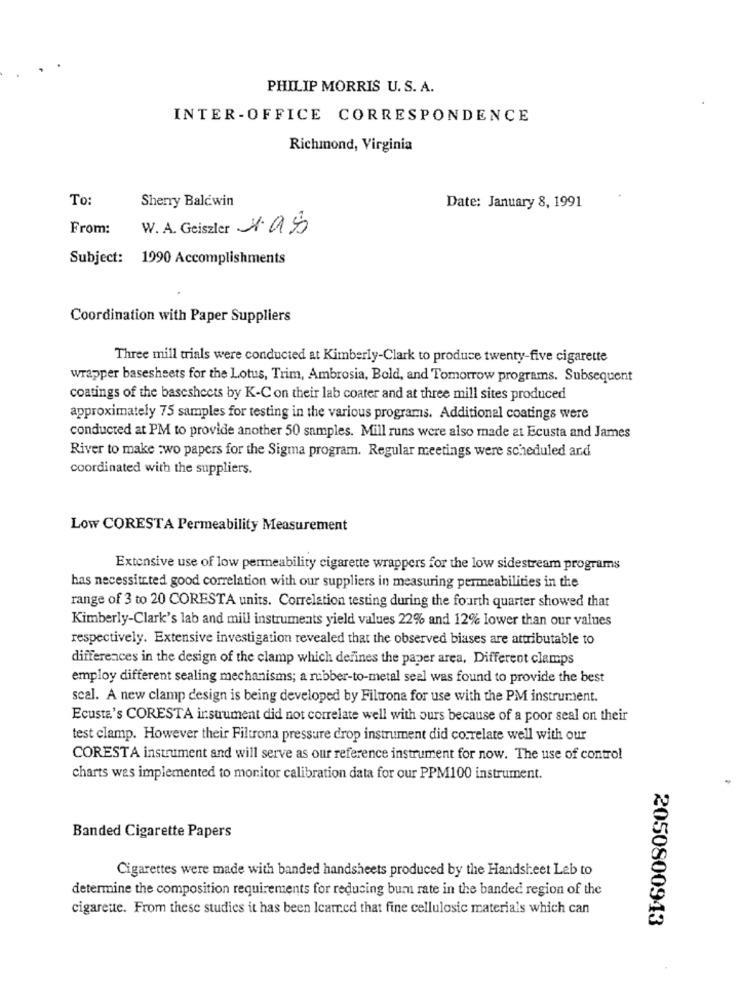
PHILIP MORRIS U. S. A.
INTER-OFFICE CORRESPONDENCE
Richmond, Virginia
To:
Sherry Baldwin
Date: January 8, 1991
From:
W. A. Geiszler 1.as
Subject: 1990 Accomplishments
Coordination with Paper Suppliers
Three mill trials were conducted at Kimberly-Clark to produce twenty-five cigarette
wrapper basesheets for the Lotus, Trim, Ambrosia, Bold, and Tomorrow programs. Subsequent
coatings of the basesheets by K-Con their lab coater and at three mill sites produced
approximately 75 samples for testing in the various programs. Additional coatings were
conducted at PM to provide another 50 samples. Mill runs were also made at Ecusta and James
River to make :wo papers for the Sigma program. Regular meetings were scheduled and
coordinated with the suppliers.
Low CORESTA Permeability Measurement
Extensive use of low permeability cigarette wrappers for the low sidestream programs
has necessite.ted good correlation with our suppliers in measuring permeabilities in the
range of 3 to 20 CORESTA units. Correlation testing during the fourth quarter showed that
Kimberly-Clark's lab and mill instruments yield values 22% and 12% lower than our values
respectively. Extensive investigation revealed that the observed biases are attributable to
differences in the design of the clamp which defines the paper area, Different clamps
employ different sealing mechanisms; a rubber-to-metal seel was found to provide the best
scal. A new clamp design is being developed by Filtrona for use with the PM instrument.
Ecusta's CORESTA instrument did not correlate well with ours because of a poor seal on their
test clamp. However their Filtrona pressure drop instrument did correlate well with our
CORESTA instrument and will serve as our reference instrument for now. The use of control
charts was implemented to monitor calibration data for our PPM100 instrument.
Banded Cigarette Papers
Cigarettes were made with banded handsheets produced by the Handsheet Leb to
determine the composition requirements for reducing bum rate in the banded region of the
cigarette. From these studies it has been Icarred that fine cellulosic materials which can
2050800943